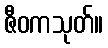
ဇီဝကသုတ်။